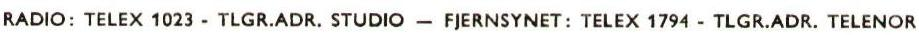
RADIO: TELEX 1023 - TLGR.ADR. STUDIO - FJERNSYNET: TELEX 1794 - TLGR.ADR. TELENOR